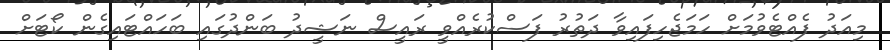
މިއަދު ފެއްޓެވުމަށް ހަމަޖެހިފައިވާ ދަތުރު ފަސްކުރެއްވީ ރައީސް ނަޝީދު ބަންދުގައި ބަހައްޓައިގެން ކޯޓަށް